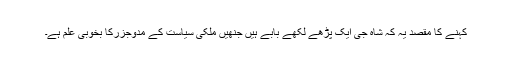
کہنے کا مقصد یہ کہ شاہ جی ایک پڑھے لکھے بابے ہیں جنھیں ملکی سیاست کے مدوجزرکا بخوبی علم ہے۔